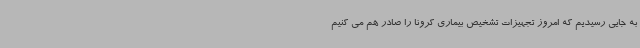
به جایی رسیدیم که امروز تجهیزات تشخیص بیماری کرونا را صادر هم می کنیم